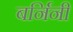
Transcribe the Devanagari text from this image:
बर्निनी